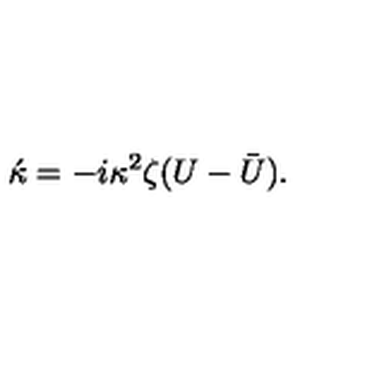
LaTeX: \acute { \kappa } = - i \kappa ^ { 2 } \zeta ( U - \bar { U } ) .